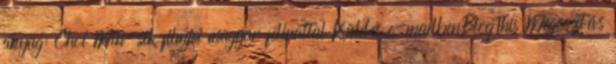
anyag: Choi Min-sik filmjei magyar felirattal Küldés e-mailbenBlogThis Megosztás